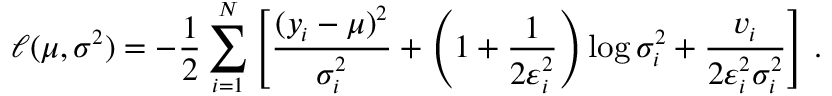
\small \ell ( \mu , \boldsymbol { \sigma ^ { 2 } } ) = - \frac { 1 } { 2 } \sum _ { i = 1 } ^ { N } \left[ \frac { ( y _ { i } - \mu ) ^ { 2 } } { \sigma _ { i } ^ { 2 } } + \left( 1 + \frac { 1 } { 2 \varepsilon _ { i } ^ { 2 } } \right) \log { \sigma _ { i } ^ { 2 } } + \frac { v _ { i } } { 2 \varepsilon _ { i } ^ { 2 } \sigma _ { i } ^ { 2 } } \right] \, .